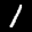
Label: 1